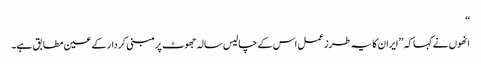
‘‘
انھوں نے کہا کہ ’’ایران کا یہ طرزعمل اس کے چالیس سالہ جھوٹ پرمبنی کردار کے عین مطابق ہے۔